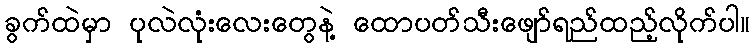
ခွက်ထဲမှာ ပုလဲလုံးလေးတွေနဲ့ ထောပတ်သီးဖျော်ရည်ထည့်လိုက်ပါ။